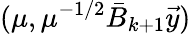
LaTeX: (\mu,\mu^{-1/2}\bar{B}_{k+1}\vec{y})